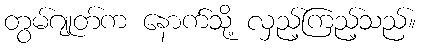
တွမ်ဂျုတ်က နောက်သို့ လှည့်ကြည့်သည်။